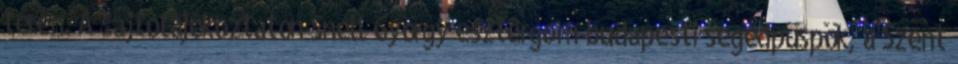
téren. A sajtótájékoztatón Snell György esztergom-budapesti segédpüspök, a Szent